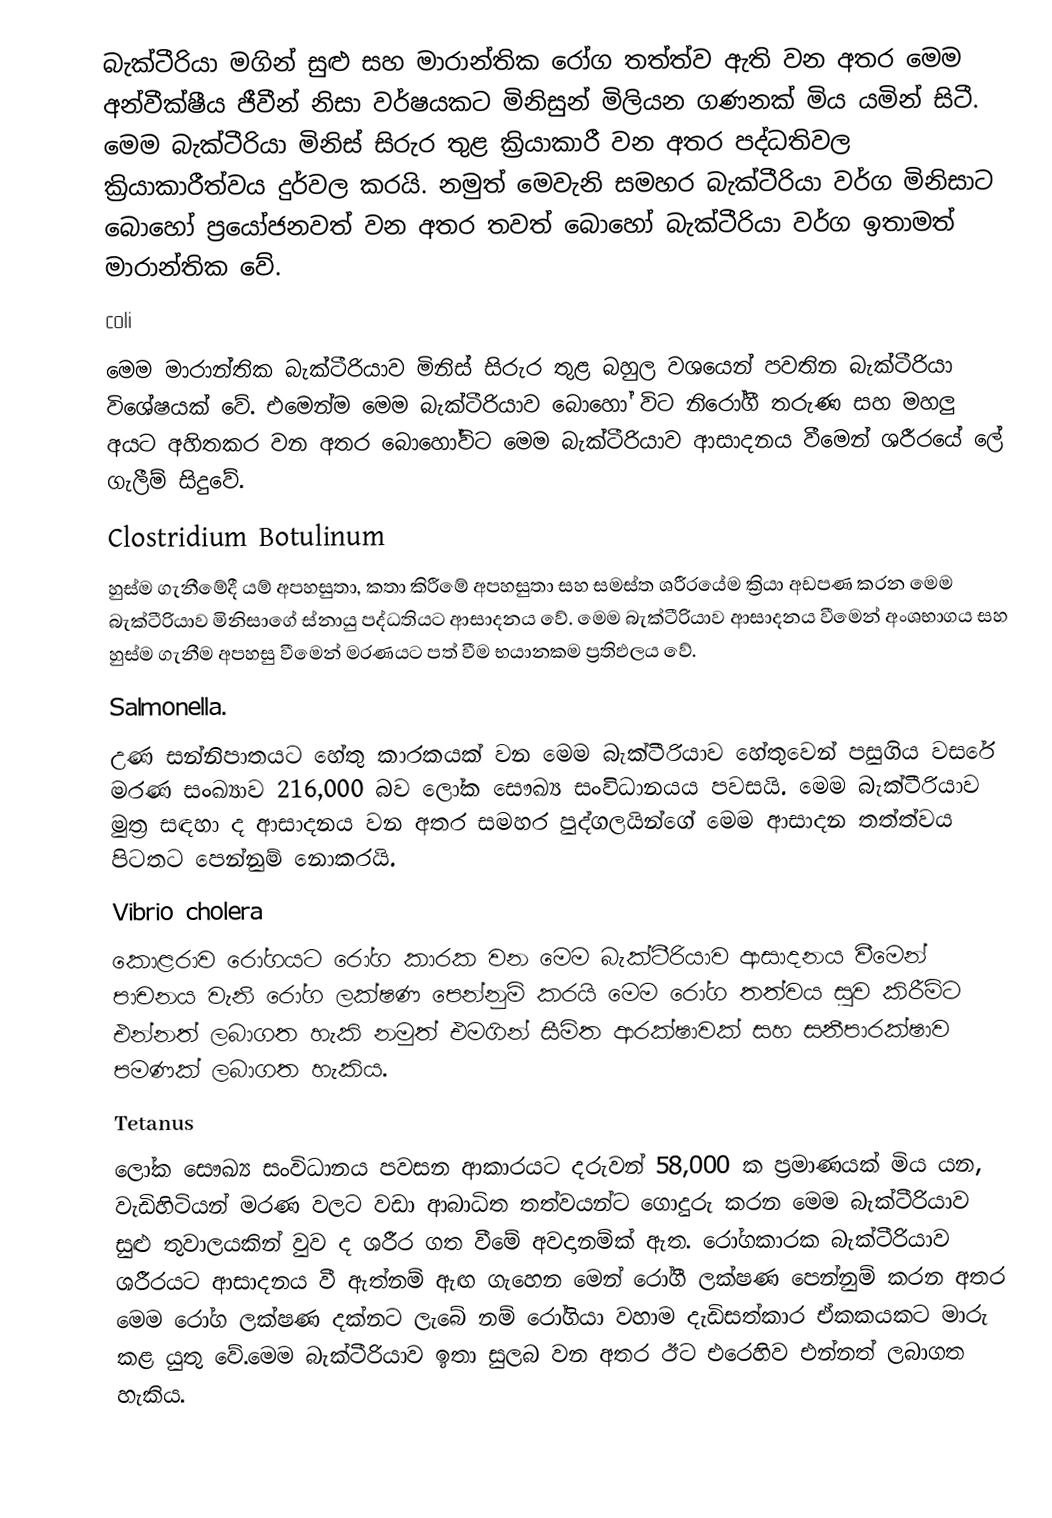
බැක්ටීරියා මගින්  සුළු සහ මාරාන්තික රෝග තත්ත්ව ඇති වන අතර මෙම අන්වීක්ෂීය ජීවීන් නිසා වර්ෂයකට මිනිසුන් මිලියන ගණනක් මිය යමින් සිටී. මෙම බැක්ටීරියා මිනිස් සිරුර තුළ ක්‍රියාකාරී වන අතර පද්ධතිවල ක්‍රියාකාරීත්වය දුර්වල කරයි.  නමුත් මෙවැනි සමහර බැක්ටීරියා වර්ග මිනිසාට  බොහෝ ප්‍රයෝජනවත් වන අතර තවත් බොහෝ බැක්ටීරියා වර්ග ඉතාමත් මාරාන්තික වේ.
 coli
මෙම මාරාන්තික බැක්ටීරියාව මිනිස් සිරුර තුළ බහුල වශයෙන් පවතින බැක්ටීරියා විශේෂයක් වේ. එමෙන්ම මෙම බැක්ටීරියාව බොහෝ විට නිරෝගී තරුණ සහ මහලු අයට අහිතකර වන අතර බොහෝවිට මෙම බැක්ටීරියාව ආසාදනය වීමෙන් ශරීරයේ ලේ ගැලීම් සිදුවේ.
 Clostridium Botulinum
හුස්ම ගැනීමේදී  යම්  අපහසුතා, කතා  කිරීමේ අපහසුතා සහ සමස්ත ශරීරයේම ක්‍රියා අඩපණ කරන මෙම බැක්ටීරියාව මිනිසාගේ ස්නායු පද්ධතියට ආසාදනය වේ. මෙම බැක්ටීරියාව ආසාදනය වීමෙන් අංශභාගය සහ හුස්ම ගැනීම අපහසු වීමෙන් මරණයට පත් වීම භයානකම ප්‍රතිඵලය වේ.
 Salmonella.
උණ සන්නිපාතයට හේතු කාරකයක් වන මෙම බැක්ටීරියාව හේතුවෙන් පසුගිය වසරේ මරණ සංඛ්‍යාව 216,000 බව ලෝක සෞඛ්‍ය සංවිධානයය පවසයි. මෙම බැක්ටීරියාව මුත්‍ර සඳහා ද ආසාදනය වන අතර සමහර පුද්ගලයින්ගේ මෙම ආසාදන තත්ත්වය පිටතට පෙන්නුම් නොකරයි.
 Vibrio cholera
කොළරාව රෝගයට රෝග කාරක වන මෙම බැක්ටීරියාව ආසාදනය වීමෙන් පාචනය වැනි රෝග ලක්ෂණ පෙන්නුම් කරයි මෙම රෝග තත්වය සුව කිරීම්ට එන්නත් ලබාගත හැකි නමුත් එමගින් සීමිත ආරක්ෂාවක් සහ සනීපාරක්ෂාව පමණක් ලබාගත හැකිය.
 Tetanus
ලෝක සෞඛ්‍ය සංවිධානය පවසන ආකාරයට දරුවන් 58,000 ක ප්‍රමාණයක් මිය යන, වැඩිහිටියන් මරණ වලට වඩා ආබාධිත තත්වයන්ට ගොදුරු කරන මෙම බැක්ටීරියාව සුළු තුවාලයකින් වුව ද ශරීර ගත වීමේ අවදානම්ක් ඇත. රෝගකාරක බැක්ටීරියාව ශරීරයට ආසාදනය වී ඇත්නම් ඇඟ ගැහෙන මෙන් රෝගී ලක්ෂණ පෙන්නුම් කරන අතර මෙම රෝග ලක්ෂණ දක්නට ලැබේ නම්  රෝගියා වහාම දැඩිසත්කාර ඒකකයකට මාරු කළ යුතු වේ.මෙම බැක්ටීරියාව ඉතා සුලබ වන අතර ඊට එරෙහිව එන්නත් ලබාගත හැකිය.